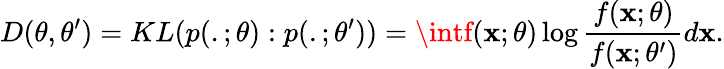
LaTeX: D(\theta,\theta^{\prime})=KL(p(.;\theta):p(.;\theta^{\prime}))=\intf(\mathbf{x};\theta)\log{\frac{{f(\mathbf{x};\theta)}}{{f(\mathbf{x};\theta^{\prime})}}}d\mathbf{x}.